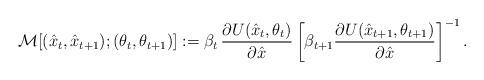
LaTeX: \begin{align*}\mathcal{M}[(\hat{x}_t,\hat{x}_{t+1});(\theta_t,\theta_{t+1})]:=\beta_t\,\frac{\partial{U(\hat{x}_t,\theta_t)}}{\partial{\hat{x}}}\left[\beta_{t+1}\frac{\partial{U(\hat{x}_{t+1},\theta_{t+1})}}{\partial{\hat{x}}}\right]^{-1}.\end{align*}